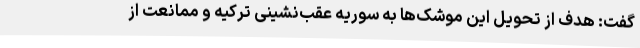
گفت: هدف از تحویل این موشک‌ها به سوریه عقب‌نشینی ترکیه و ممانعت از